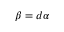
\beta = d \alpha